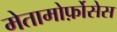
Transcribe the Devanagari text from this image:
मेतामोर्फ़ोसेस